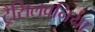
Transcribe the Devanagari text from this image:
ट्रैसिलवनिया